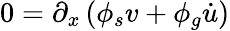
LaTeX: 0=\partial_{x}\left(\phi_{s}v+\phi_{g}\dot{u}\right)